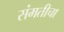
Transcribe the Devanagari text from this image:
संमतीचा